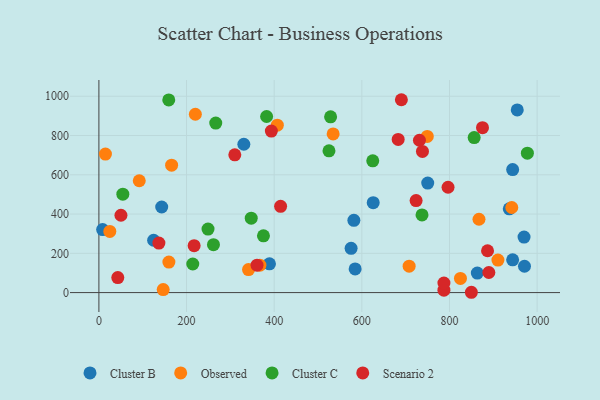
{"axis": {"x": "Study Hours", "y": "Profit"}, "legend": ["Cluster B", "Cluster C", "Observed", "Scenario 2"], "data": [{"x": "625.9", "y": 458.2, "type": "Cluster B"}, {"x": "8.5", "y": 321.1, "type": "Cluster B"}, {"x": "944.1", "y": 626.5, "type": "Cluster B"}, {"x": "575.5", "y": 225.2, "type": "Cluster B"}, {"x": "143.3", "y": 436.0, "type": "Cluster B"}, {"x": "389.2", "y": 146.6, "type": "Cluster B"}, {"x": "750.3", "y": 558.0, "type": "Cluster B"}, {"x": "330.7", "y": 755.6, "type": "Cluster B"}, {"x": "971.1", "y": 134.1, "type": "Cluster B"}, {"x": "124.9", "y": 266.5, "type": "Cluster B"}, {"x": "584.7", "y": 120.6, "type": "Cluster B"}, {"x": "936.4", "y": 426.5, "type": "Cluster B"}, {"x": "944.1", "y": 167.1, "type": "Cluster B"}, {"x": "954.6", "y": 930.4, "type": "Cluster B"}, {"x": "863.5", "y": 99.6, "type": "Cluster B"}, {"x": "970.1", "y": 282.9, "type": "Cluster B"}, {"x": "581.8", "y": 368.2, "type": "Cluster B"}, {"x": "92.1", "y": 569.7, "type": "Observed"}, {"x": "867.3", "y": 373.5, "type": "Observed"}, {"x": "367.4", "y": 139.5, "type": "Observed"}, {"x": "407.1", "y": 852.8, "type": "Observed"}, {"x": "910.5", "y": 165.5, "type": "Observed"}, {"x": "534.5", "y": 808.2, "type": "Observed"}, {"x": "220.1", "y": 908.4, "type": "Observed"}, {"x": "707.9", "y": 134.3, "type": "Observed"}, {"x": "749.3", "y": 795.3, "type": "Observed"}, {"x": "165.9", "y": 649.0, "type": "Observed"}, {"x": "146.7", "y": 15.4, "type": "Observed"}, {"x": "825.0", "y": 71.9, "type": "Observed"}, {"x": "341.4", "y": 117.3, "type": "Observed"}, {"x": "24.9", "y": 311.3, "type": "Observed"}, {"x": "14.9", "y": 705.4, "type": "Observed"}, {"x": "159.7", "y": 155.3, "type": "Observed"}, {"x": "942.1", "y": 433.3, "type": "Observed"}, {"x": "624.9", "y": 671.0, "type": "Cluster C"}, {"x": "375.5", "y": 288.9, "type": "Cluster C"}, {"x": "856.3", "y": 789.3, "type": "Cluster C"}, {"x": "266.6", "y": 863.5, "type": "Cluster C"}, {"x": "159.4", "y": 981.1, "type": "Cluster C"}, {"x": "977.7", "y": 710.1, "type": "Cluster C"}, {"x": "382.7", "y": 896.9, "type": "Cluster C"}, {"x": "347.6", "y": 379.2, "type": "Cluster C"}, {"x": "54.6", "y": 501.0, "type": "Cluster C"}, {"x": "737.3", "y": 395.6, "type": "Cluster C"}, {"x": "528.7", "y": 895.2, "type": "Cluster C"}, {"x": "261.4", "y": 244.0, "type": "Cluster C"}, {"x": "214.2", "y": 145.6, "type": "Cluster C"}, {"x": "249.0", "y": 323.3, "type": "Cluster C"}, {"x": "525.0", "y": 722.1, "type": "Cluster C"}, {"x": "886.8", "y": 213.0, "type": "Scenario 2"}, {"x": "310.1", "y": 701.9, "type": "Scenario 2"}, {"x": "889.8", "y": 102.4, "type": "Scenario 2"}, {"x": "690.2", "y": 982.3, "type": "Scenario 2"}, {"x": "682.9", "y": 779.9, "type": "Scenario 2"}, {"x": "738.3", "y": 719.0, "type": "Scenario 2"}, {"x": "50.3", "y": 393.8, "type": "Scenario 2"}, {"x": "217.3", "y": 239.0, "type": "Scenario 2"}, {"x": "414.6", "y": 439.2, "type": "Scenario 2"}, {"x": "787.3", "y": 12.2, "type": "Scenario 2"}, {"x": "43.1", "y": 76.6, "type": "Scenario 2"}, {"x": "787.3", "y": 48.6, "type": "Scenario 2"}, {"x": "136.9", "y": 252.1, "type": "Scenario 2"}, {"x": "731.4", "y": 775.8, "type": "Scenario 2"}, {"x": "849.9", "y": 1.6, "type": "Scenario 2"}, {"x": "360.8", "y": 139.6, "type": "Scenario 2"}, {"x": "393.5", "y": 822.6, "type": "Scenario 2"}, {"x": "875.3", "y": 840.1, "type": "Scenario 2"}, {"x": "723.8", "y": 468.4, "type": "Scenario 2"}, {"x": "796.7", "y": 536.4, "type": "Scenario 2"}]}